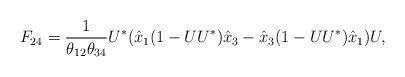
LaTeX: \begin{align*} F_{24} = \frac{1}{\theta_{12} \theta_{34}} U^*( \hat{x}_1 (1-UU^*) \hat{x}_3 - \hat{x}_3 (1-UU^*) \hat{x}_1 )U,\end{align*}